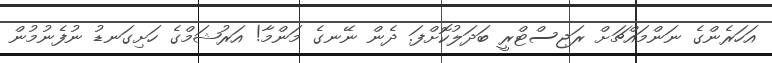
އަހަރެންގެ ނަންމައްޗަށް ރަޖިސްޓްރީ ބަދަލުކޮށްފަ. ދެން ނޭނގެ މަންމާ! އަރުޝަމްގެ ހަށިގަނޑު ނުފެނުމުން